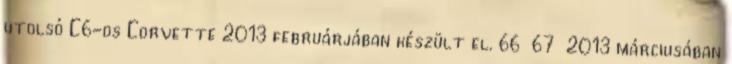
utolsó C6-os Corvette 2013 februárjában készült el. 66 67 2013 márciusában